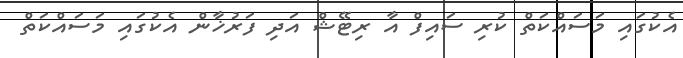
އެކުގައި މަސައްކަތް ކުރި ސައިފް އާ ރިޓޭޝް އަދި ފަރުޚާން އެކުގައި މަސައްކަތް